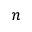
n